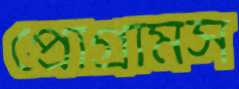
প্রোগ্রামস